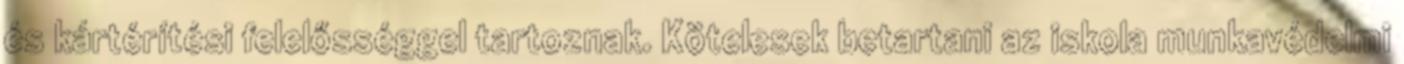
és kártérítési felelősséggel tartoznak. Kötelesek betartani az iskola munkavédelmi